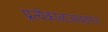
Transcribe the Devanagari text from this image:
प्रत्येकालाआवडणारा